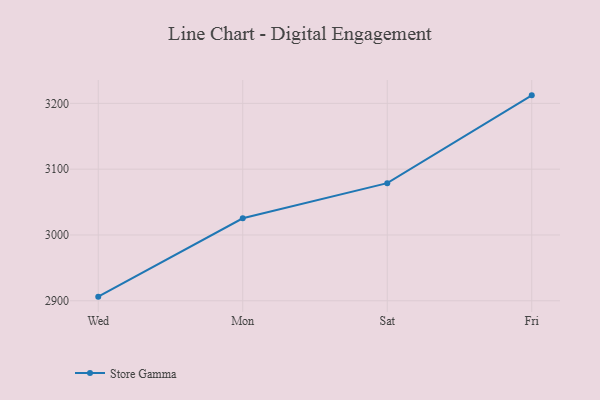
{"axis": {"x": "Day", "y": "Market Share (%)"}, "legend": ["Store Gamma"], "data": [{"x": "Wed", "y": 2906.3, "type": "Store Gamma"}, {"x": "Mon", "y": 3025.4, "type": "Store Gamma"}, {"x": "Sat", "y": 3078.8, "type": "Store Gamma"}, {"x": "Fri", "y": 3212.2, "type": "Store Gamma"}]}